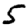
Digit: 5